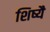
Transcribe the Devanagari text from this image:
शिष्यै